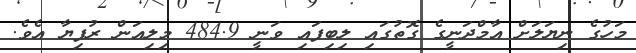
މަހުގެ ނިޔަލަށް އާމްދަނީގެ ގޮތުގައި ލިބިފައި ވަނީ 484.9 މިލިއަން ރުފިޔާ އެވެ.